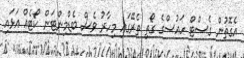
އެގޮތުން ގެސްޓް ހައުސްގެ ގޯތި ތެރޭގައި މިހާރު ވެސް ބެޑްމިންޓަން ކޯޓެއް އަޅައި